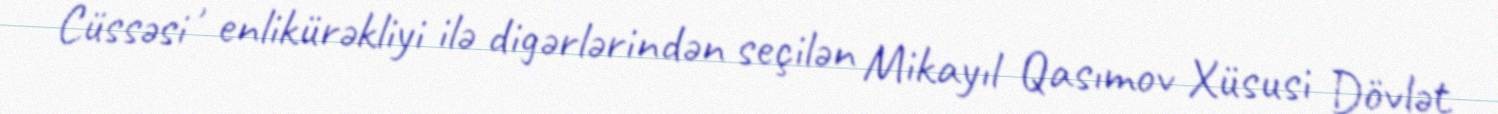
Cüssəsi , enlikürəkliyi ilə digərlərindən seçilən Mikayıl Qasımov Xüsusi Dövlət